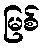
မြစ်